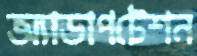
অ্যাডাপটেশন